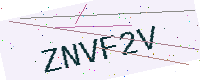
Text: ZNVF2V